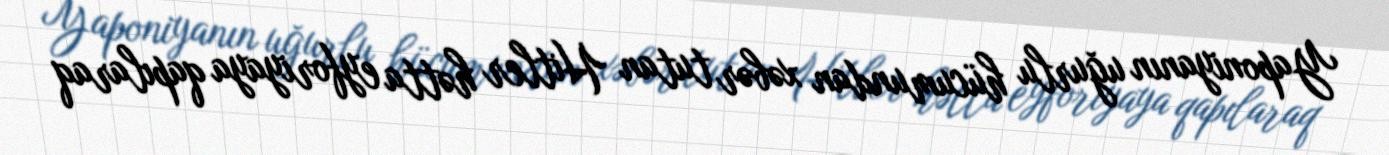
Yaponiyanın uğurlu hücumundan xəbər tutan Hitler hətta eyforiyaya qapılaraq